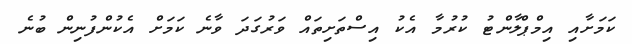
ކަމަށާއި އިމްޕްލާންޓު ކުރުމާ އެކު އިސްތަށިތައް ވަރުގަދަ ވާނެ ކަމަށް އެކުންފުނިން ބުނެ